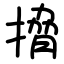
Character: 搚